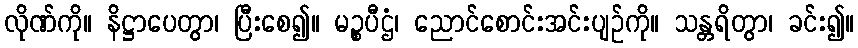
လိုဏ်ကို။ နိဋ္ဌာပေတွာ၊ ပြီးစေ၍။ မဉ္စပီဌံ၊ ညောင်စောင်းအင်းပျဉ်ကို။ သန္တရိတွာ၊ ခင်း၍။